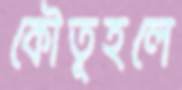
কৌতূহলে